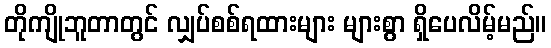
တိုကျိုဘူတာတွင် လျှပ်စစ်ရထားများ များစွာ ရှိပေလိမ့်မည်။